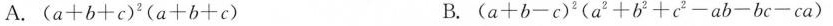
A.$$(a+b+c)^{2}(a+b+c)$$ B.$$(a+b-c)^{2}(a^{2}+b^{2}+c^{2}-ab-bc-ca)$$